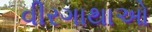
વીરગાથાઓ